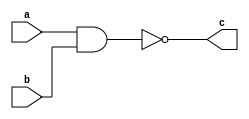
`timescale 1ns / 1ps
//////////////////////////////////////////////////////////////////////////////////
// Company: 
// Engineer: 
// 
// Design Name: 
// Module Name:    NAND 
// Project Name: 
// Target Devices: 
// Tool versions: 
// Description: 
//
// Dependencies: 
//
// Revision: 
// Revision 0.01 - File Created
// Additional Comments: 
//
//////////////////////////////////////////////////////////////////////////////////
module NAND(a,b,c);
input a,b;
output c;
assign c = ~(a&b);
endmodule